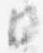
日